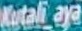
kutali_aya